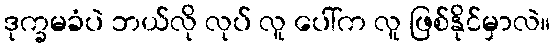
ဒုက္ခမခံပဲ ဘယ်လို လုပ် လူ ပေါ်က လူ ဖြစ်နိုင်မှာလဲ။